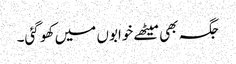
جگہ بھی میٹھے خوابوں میں کھو گئی۔